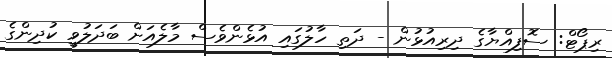
ރިޕޯޓް: ސޮފިއްޔާގެ ދިރިއުޅުން - ދަތި ހާލުގައި އުޅެންވެސް މާލެއަށް ބަދަލުވީ ކުދިންގެ